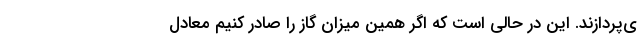
ی‌پردازند. این در حالی است که اگر همین میزان گاز را صادر کنیم معادل